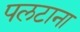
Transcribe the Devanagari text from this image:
पलटाना